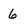
Character: 6